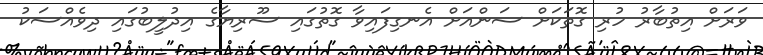
ވަރަށް އިތުބާރު ހުރި ގޮތަކަށް ސަންއަށް އެނގިފައިވާ ގޮތުގައި ސޫރިޔާގެ އިދުލީބުގައި ދިވެއްސަކު